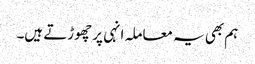
ہم بھی یہ معاملہ انہی پر چھوڑتے ہیں۔